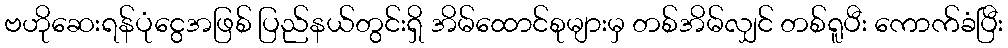
ဗဟိုဆေးရန်ပုံငွေအဖြစ် ပြည်နယ်တွင်းရှိ အိမ်ထောင်စုများမှ တစ်အိမ်လျှင် တစ်ရူပီး ကောက်ခံပြီး